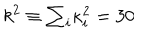
LaTeX: k ^ { 2 } \equiv \textstyle { \sum _ { i } } \kappa _ { i } ^ { 2 } = 3 0